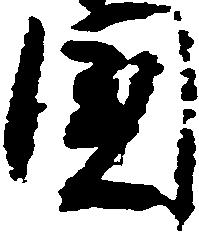
国